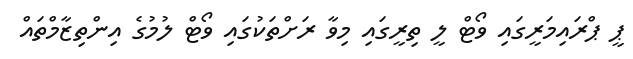
ޕީ ޕްރައިމަރީގައި ވޯޓް ލީ ތިރީގައި މިވާ ރަށްތަކުގައި ވޯޓް ލުމުގެ އިންތިޒާމްތައް